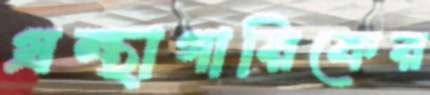
গ্রন্থাগারিকের